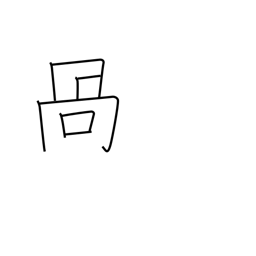
Meaning: crooked mouth